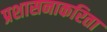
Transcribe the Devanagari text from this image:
प्रशासनाकरिता